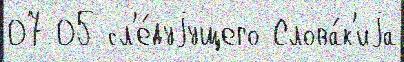
07 05 сл'е́дуjущего Слова́к'иjа